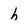
Character: h